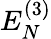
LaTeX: E_{N}^{(3)}